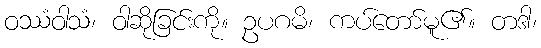
ဝဿံဝါသံ၊ ဝါဆိုခြင်းကို။ ဥပဂမိ၊ ကပ်တော်မူ၏။ တဒါ၊